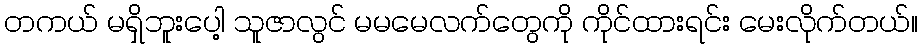
တကယ် မရှိဘူးပေါ့ သူဇာလွင် မမမေလက်တွေကို ကိုင်ထားရင်း မေးလိုက်တယ်။